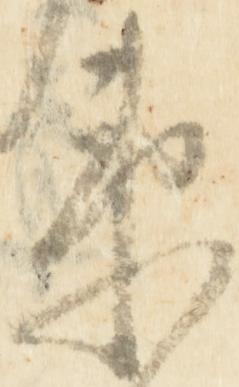
衛